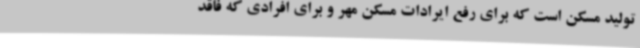
تولید مسکن است که برای رفع ایرادات مسکن مهر و برای افرادی که فاقد